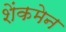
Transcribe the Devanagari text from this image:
शेंकमेन